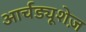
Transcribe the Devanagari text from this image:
आर्चड्यूशेज़